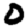
Digit: 0